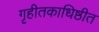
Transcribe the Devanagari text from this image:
गृहीतकाधिष्ठीत